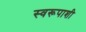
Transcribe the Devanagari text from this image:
स्वरूपाशी